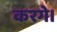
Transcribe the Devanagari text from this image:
करगे।